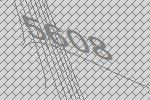
5608